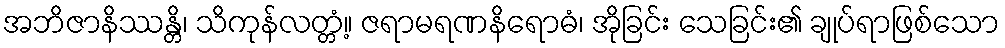
အဘိဇာနိဿန္တိ၊ သိကုန်လတ္တံ့။ ဇရာမရဏနိရောဓံ၊ အိုခြင်း သေခြင်း၏ ချုပ်ရာဖြစ်သော